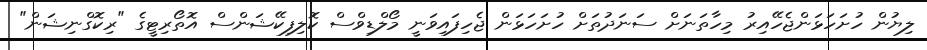
ލިޔުން ހުށަހަޅަންޖެހޭއިރު މިހާތަނަށް ސަނަދުތަށް ހުށަހަޅަން ޖެހިފައިވަނީ މޯލްޑިވްސް ކޮލިފިކޭޝަންސް އޮތޯރިޓީގެ "ރިކޮގްނިޝަން"